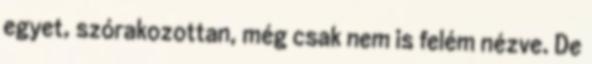
egyet, szórakozottan, még csak nem is felém nézve. De